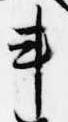
車